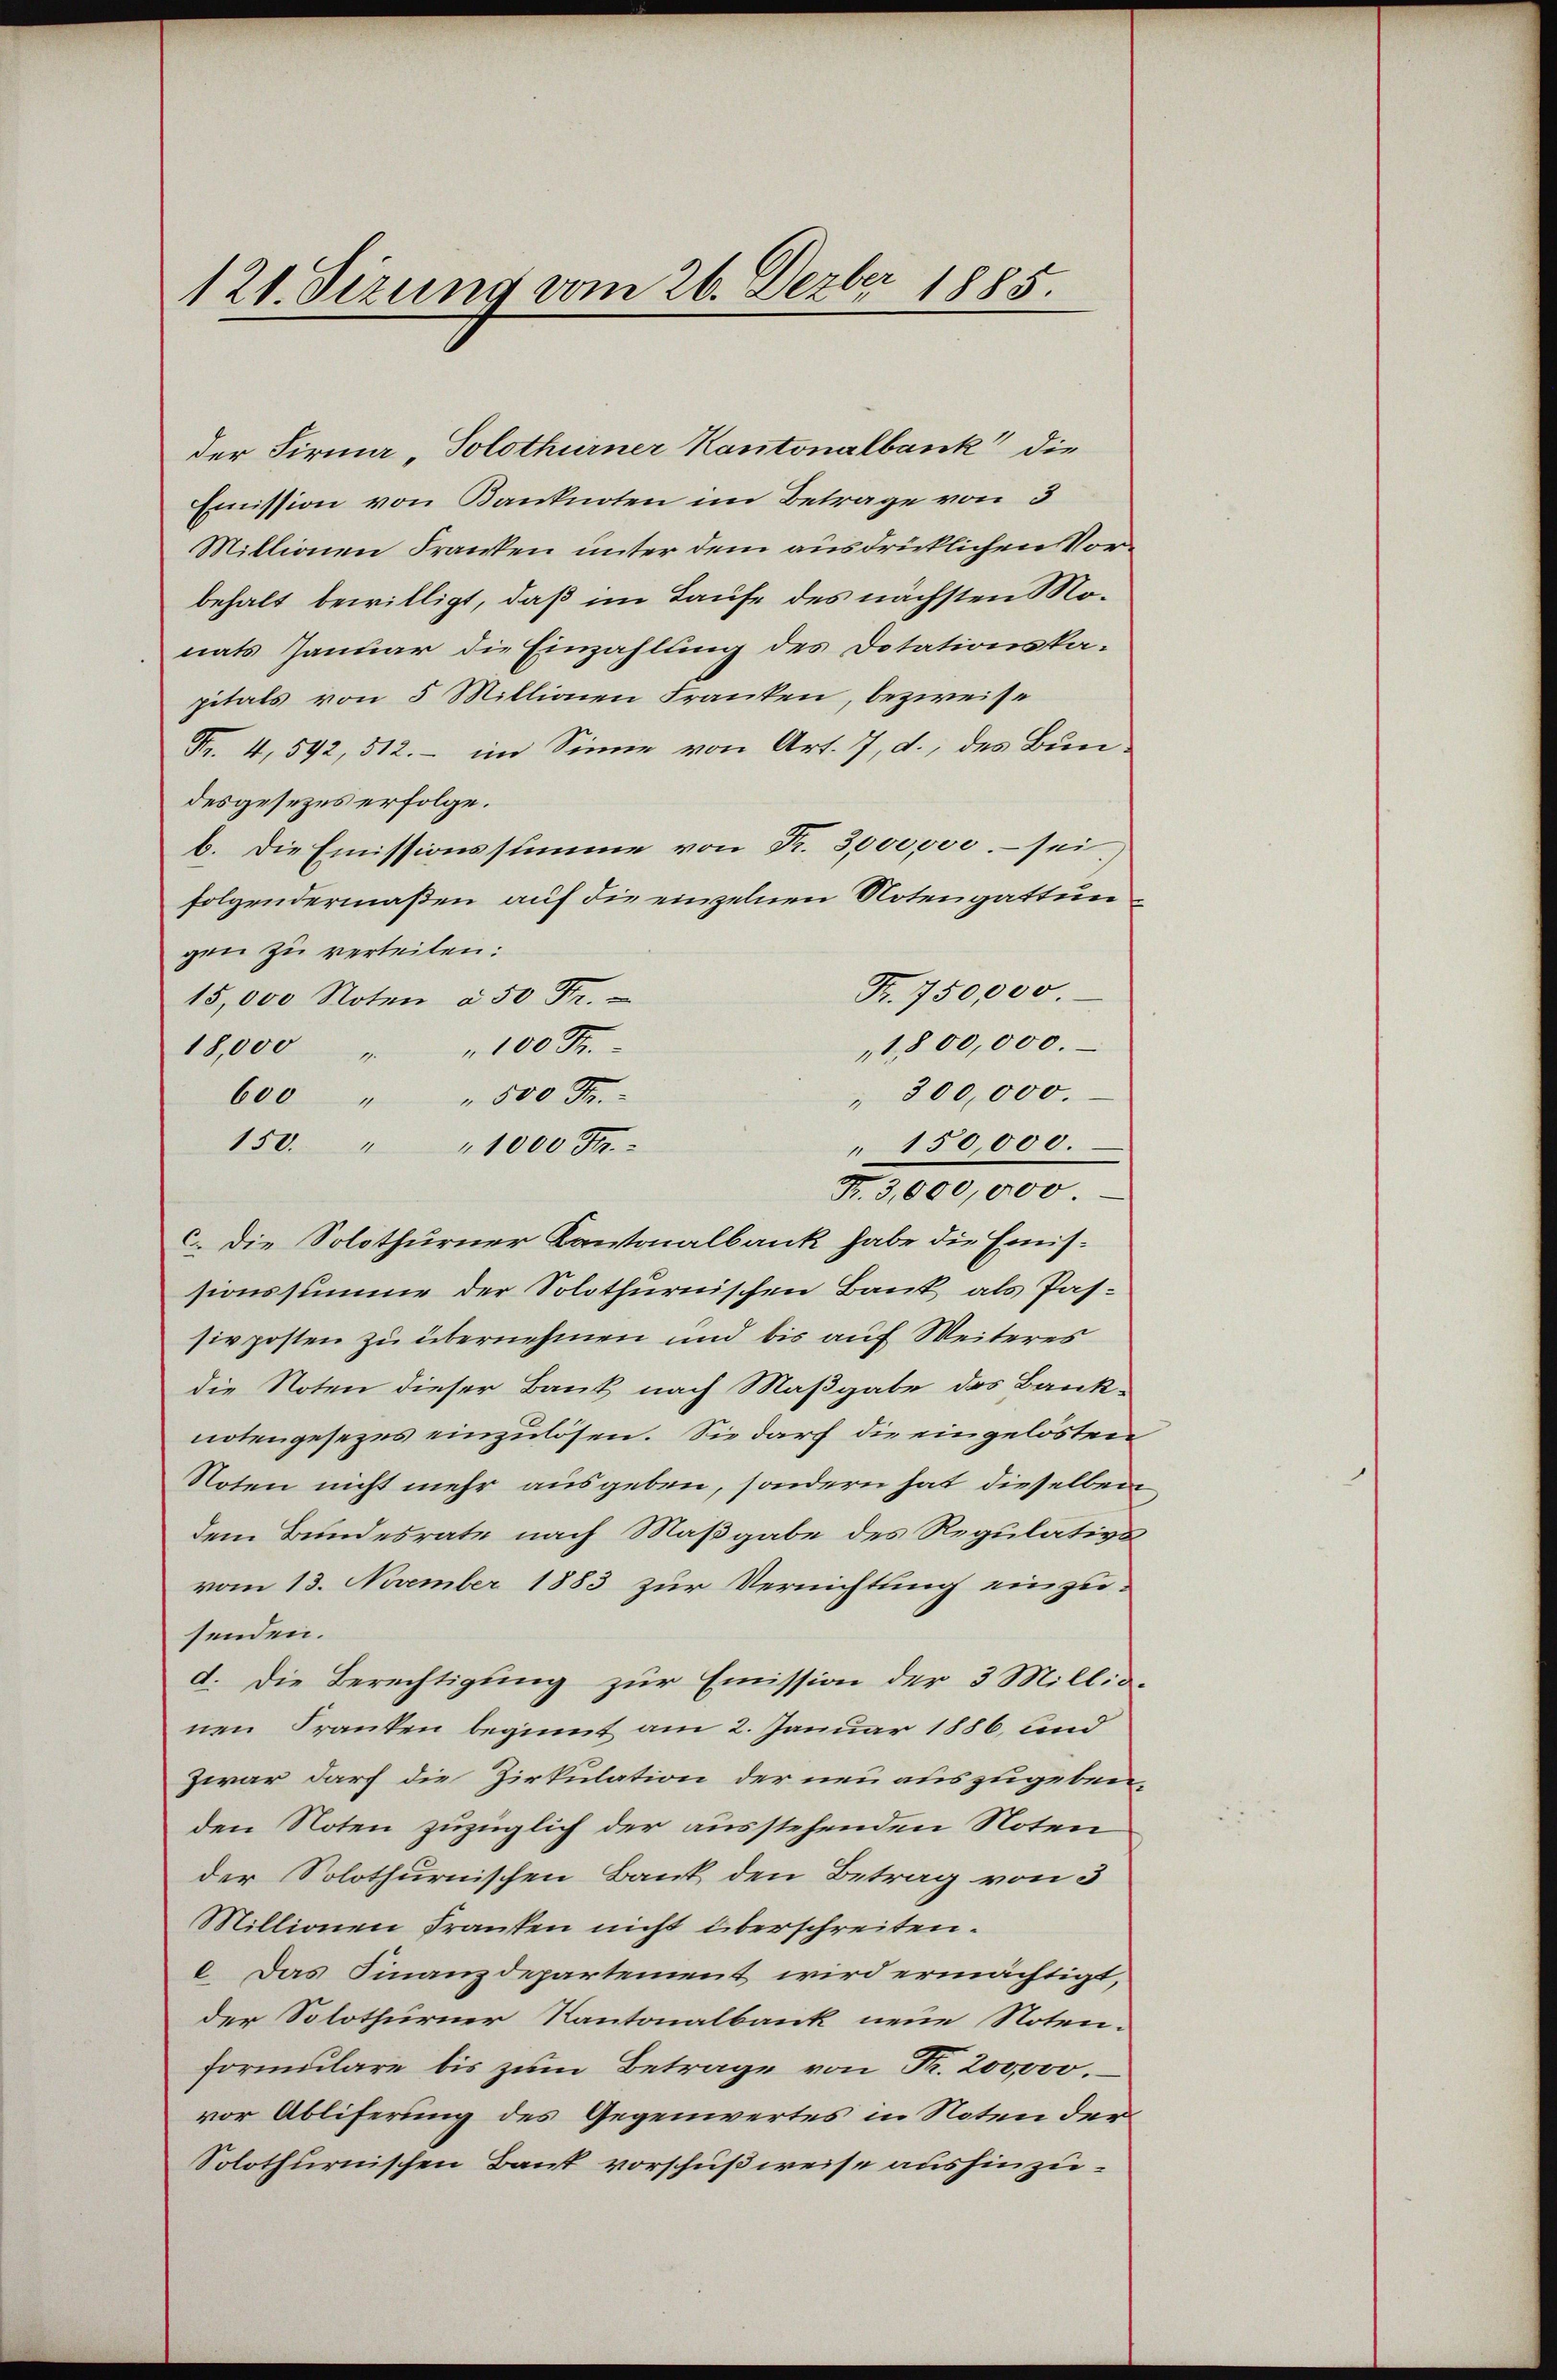
121. Sizung vom 26. Dezbr 1885.

der Firma , Solothurner Kantonalbank die
Emission von Banknoten im Betrage von 3
Millionen Franken unter dem ausdrücklichen Vorbehalt bewilligt, daß im Laufe des nächsten Monats Januar die Einzahlung des Dotationskapitals von 5 Millionen Franken, bezweife
Fr. 4, 592, 512. - im Sinne von Art. 7, d., des Bundesgesezes erfolge.
b. Die Emissionssumme von Fr. 3,000,000. sei.
folgendermaßen, auf die einzelnen Notengattungen zu verteilen:
Fr. 750,000.
15,000 Noten à 50 Fr.
1,800,000.
18,000 " " 100 Fr.
" 300,000.
600 " " 500 Fr.
 150000.
150. " " 1000 Fr.
F. 3,000,000.
c. Die Solothurner Kantonalbank habe die Emissionssumme der Solothurnischen Bank als Passivposten zu übernehmen und bis auf Weiteres
die Noten dieser Bank nach Maßgabe des Banknotengesezes einzulösen. Sie darf die eingelösten
Noten nicht mehr ausgeben, sondern hat dieselben
dem Bundesrate nach Maßgabe des Regulativs
vom 13. November 1883 zur Vernichtung einzusenden.
d. Die Berechtigung zur Emission der 3 Millio-
nen Franken beginnt am 2. Januar 1886, und
Zwar darf die Zirkulation der neu auszugeben,
den Noten zuzüglich der ausstehenden Noten
der Solothurnischen Bank den Betrag von 3
Millionen Franken nicht überschreiten.
c. Das Finanzdepartement wird ermächtigt,
der Solothurner Kantonalbank neue Noten-
formulare bis zum Betrage von Fr. 200,000.
vor Abliferung des Gegenwertes in Noten der
Solothurnischen Bank vorschußweise aushinzu¬